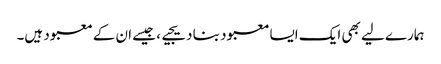
ہمارے لیے بھی ایک ایسا معبود بنا دیجیے، جیسے ان کے معبود ہیں۔